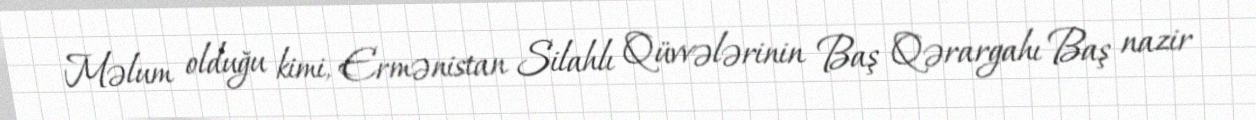
Məlum olduğu kimi, Ermənistan Silahlı Qüvvələrinin Baş Qərargahı Baş nazir